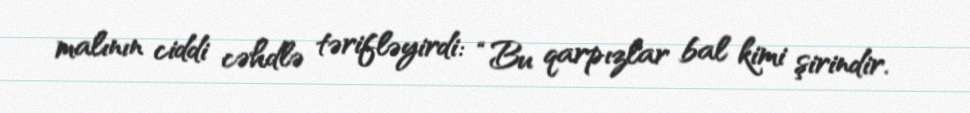
malının ciddi cəhdlə tərifləyirdi: “Bu qarpızlar bal kimi şirindir.